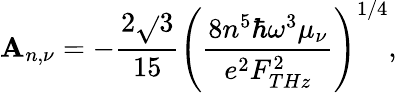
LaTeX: \mathbf{A}_{n,\nu}=-\frac{{2\sqrt{}{{3}}}}{{15}}\left(\frac{{8n^{5}\hbar\omega^{3}\mu_{\nu}}}{{e^{2}F_{THz}^{2}}}\right)^{1/4},